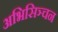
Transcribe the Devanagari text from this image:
अभिसिञ्चन